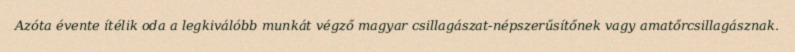
Azóta évente ítélik oda a legkiválóbb munkát végző magyar csillagászat-népszerűsítőnek vagy amatőrcsillagásznak.